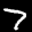
Label: 7